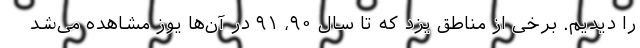
را دیدیم. برخی از مناطق یزد که تا سال ۹۰، ۹۱ در آن‌ها یوز مشاهده می‌شد